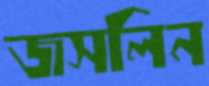
জসলিন